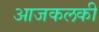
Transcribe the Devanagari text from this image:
आजकलकी